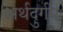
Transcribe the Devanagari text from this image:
अर्थदुर्गम